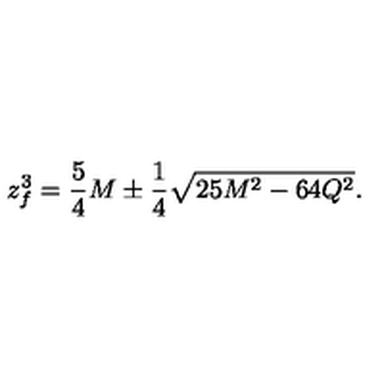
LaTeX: z _ { f } ^ { 3 } = { \frac { 5 } { 4 } } M \pm { \frac { 1 } { 4 } } \sqrt { 2 5 M ^ { 2 } - 6 4 Q ^ { 2 } } .